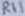
Text: R11